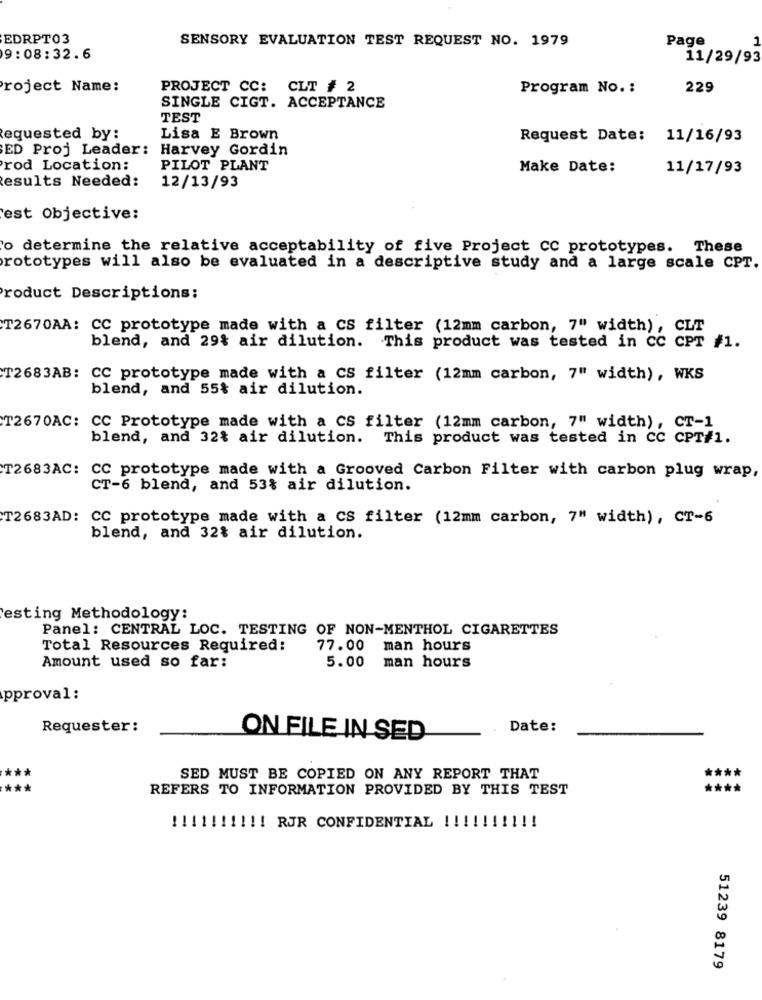
EDRPT03
SENSORY EVALUATION TEST REQUEST NO. 1979
Page
1
9:08:32.6
11/29/93
roject Name:
PROJECT CC: CLT # 2
Program No. :
229
SINGLE CIGT. ACCEPTANCE
TEST
equested by:
Lisa E Brown
Request Date: 11/16/93
ED Proj Leader: Harvey Gordin
rod Location:
PILOT PLANT
Make Date:
11/17/93
esults Needed:
12/13/93
est Objective:
o determine the relative acceptability of five Project CC prototypes. These
prototypes will also be evaluated in a descriptive study and a large scale CPT.
roduct Descriptions:
T2670AA: CC prototype made with a CS filter (12mm carbon, 7" width), CLT
blend, and 29% air dilution. This product was tested in CC CPT #1.
T2683AB: CC prototype made with a CS filter (12mm carbon, 7" width), WKS
blend, and 55% air dilution.
T2670AC: CC Prototype made with a CS filter (12mm carbon, 7" width), CT-1
blend, and 32% air dilution. This product was tested in CC CPT#1.
T2683AC: CC prototype made with a Grooved Carbon Filter with carbon plug wrap,
CT-6 blend, and 53% air dilution.
T2683AD: CC prototype made with a CS filter (12mm carbon, 7" width), CT-6
blend, and 32% air dilution.
esting Methodology:
Panel: CENTRAL LOC. TESTING OF NON-MENTHOL CIGARETTES
Total Resources Required:
77.00
man hours
Amount used so far:
5.00 man hours
pproval:
Requester:
Date:
ON FILE IN SED
***
SED MUST BE COPIED ON ANY REPORT THAT
***
REFERS TO INFORMATION PROVIDED BY THIS TEST
**
!! 11 !!!!!! RJR CONFIDENTIAL !!!
!!
51239 8179